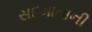
સદમાતાની